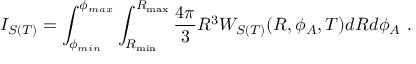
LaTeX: I _ { S ( T ) } = \int _ { \phi _ { m i n } } ^ { \phi _ { m a x } } \int _ { R _ { \mathrm { m i n } } } ^ { R _ { \mathrm { m a x } } } \frac { 4 \pi } { 3 } R ^ { 3 } W _ { S ( T ) } ( R , \phi _ { A } , T ) d R d \phi _ { A } ~ .